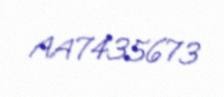
AA7435673